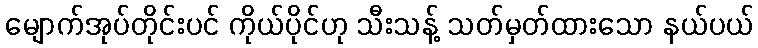
မျောက်အုပ်တိုင်းပင် ကိုယ်ပိုင်ဟု သီးသန့် သတ်မှတ်ထားသော နယ်ပယ်